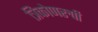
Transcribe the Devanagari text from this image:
त्रिकोणरुपी